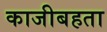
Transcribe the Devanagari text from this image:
काजीबहता